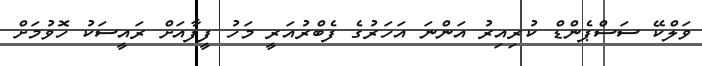
ވަލްކޭ ސަސްޕެންޑް ކުރިއިރު އަންނަ އަހަރުގެ ފެބްރުއަރީ މަހު ފީފާއަށް ރައީސަކު ހޮވުމަށް